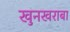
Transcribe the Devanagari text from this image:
खुनखराबा